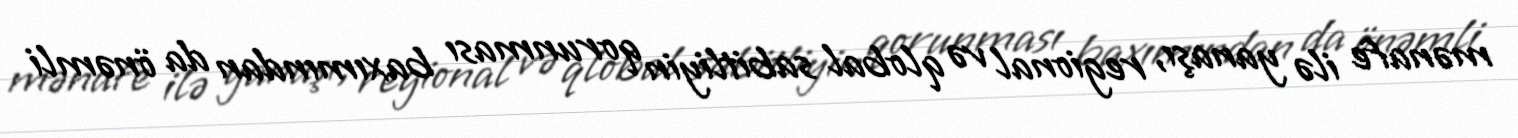
mənafe ilə yanaşı, regional və qlobal sabitliyin qorunması baxımından da önəmli